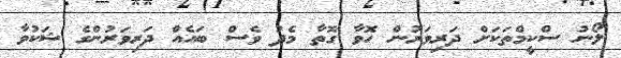
ލޯނު ސްކީމްތަކަށް ދަރިވަރުން ހޮވާ ގޮތާ މެދު ވެސް ބައެއް ދަރިވަރުންގެ ޝަކުވާ